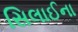
સિલાઈના